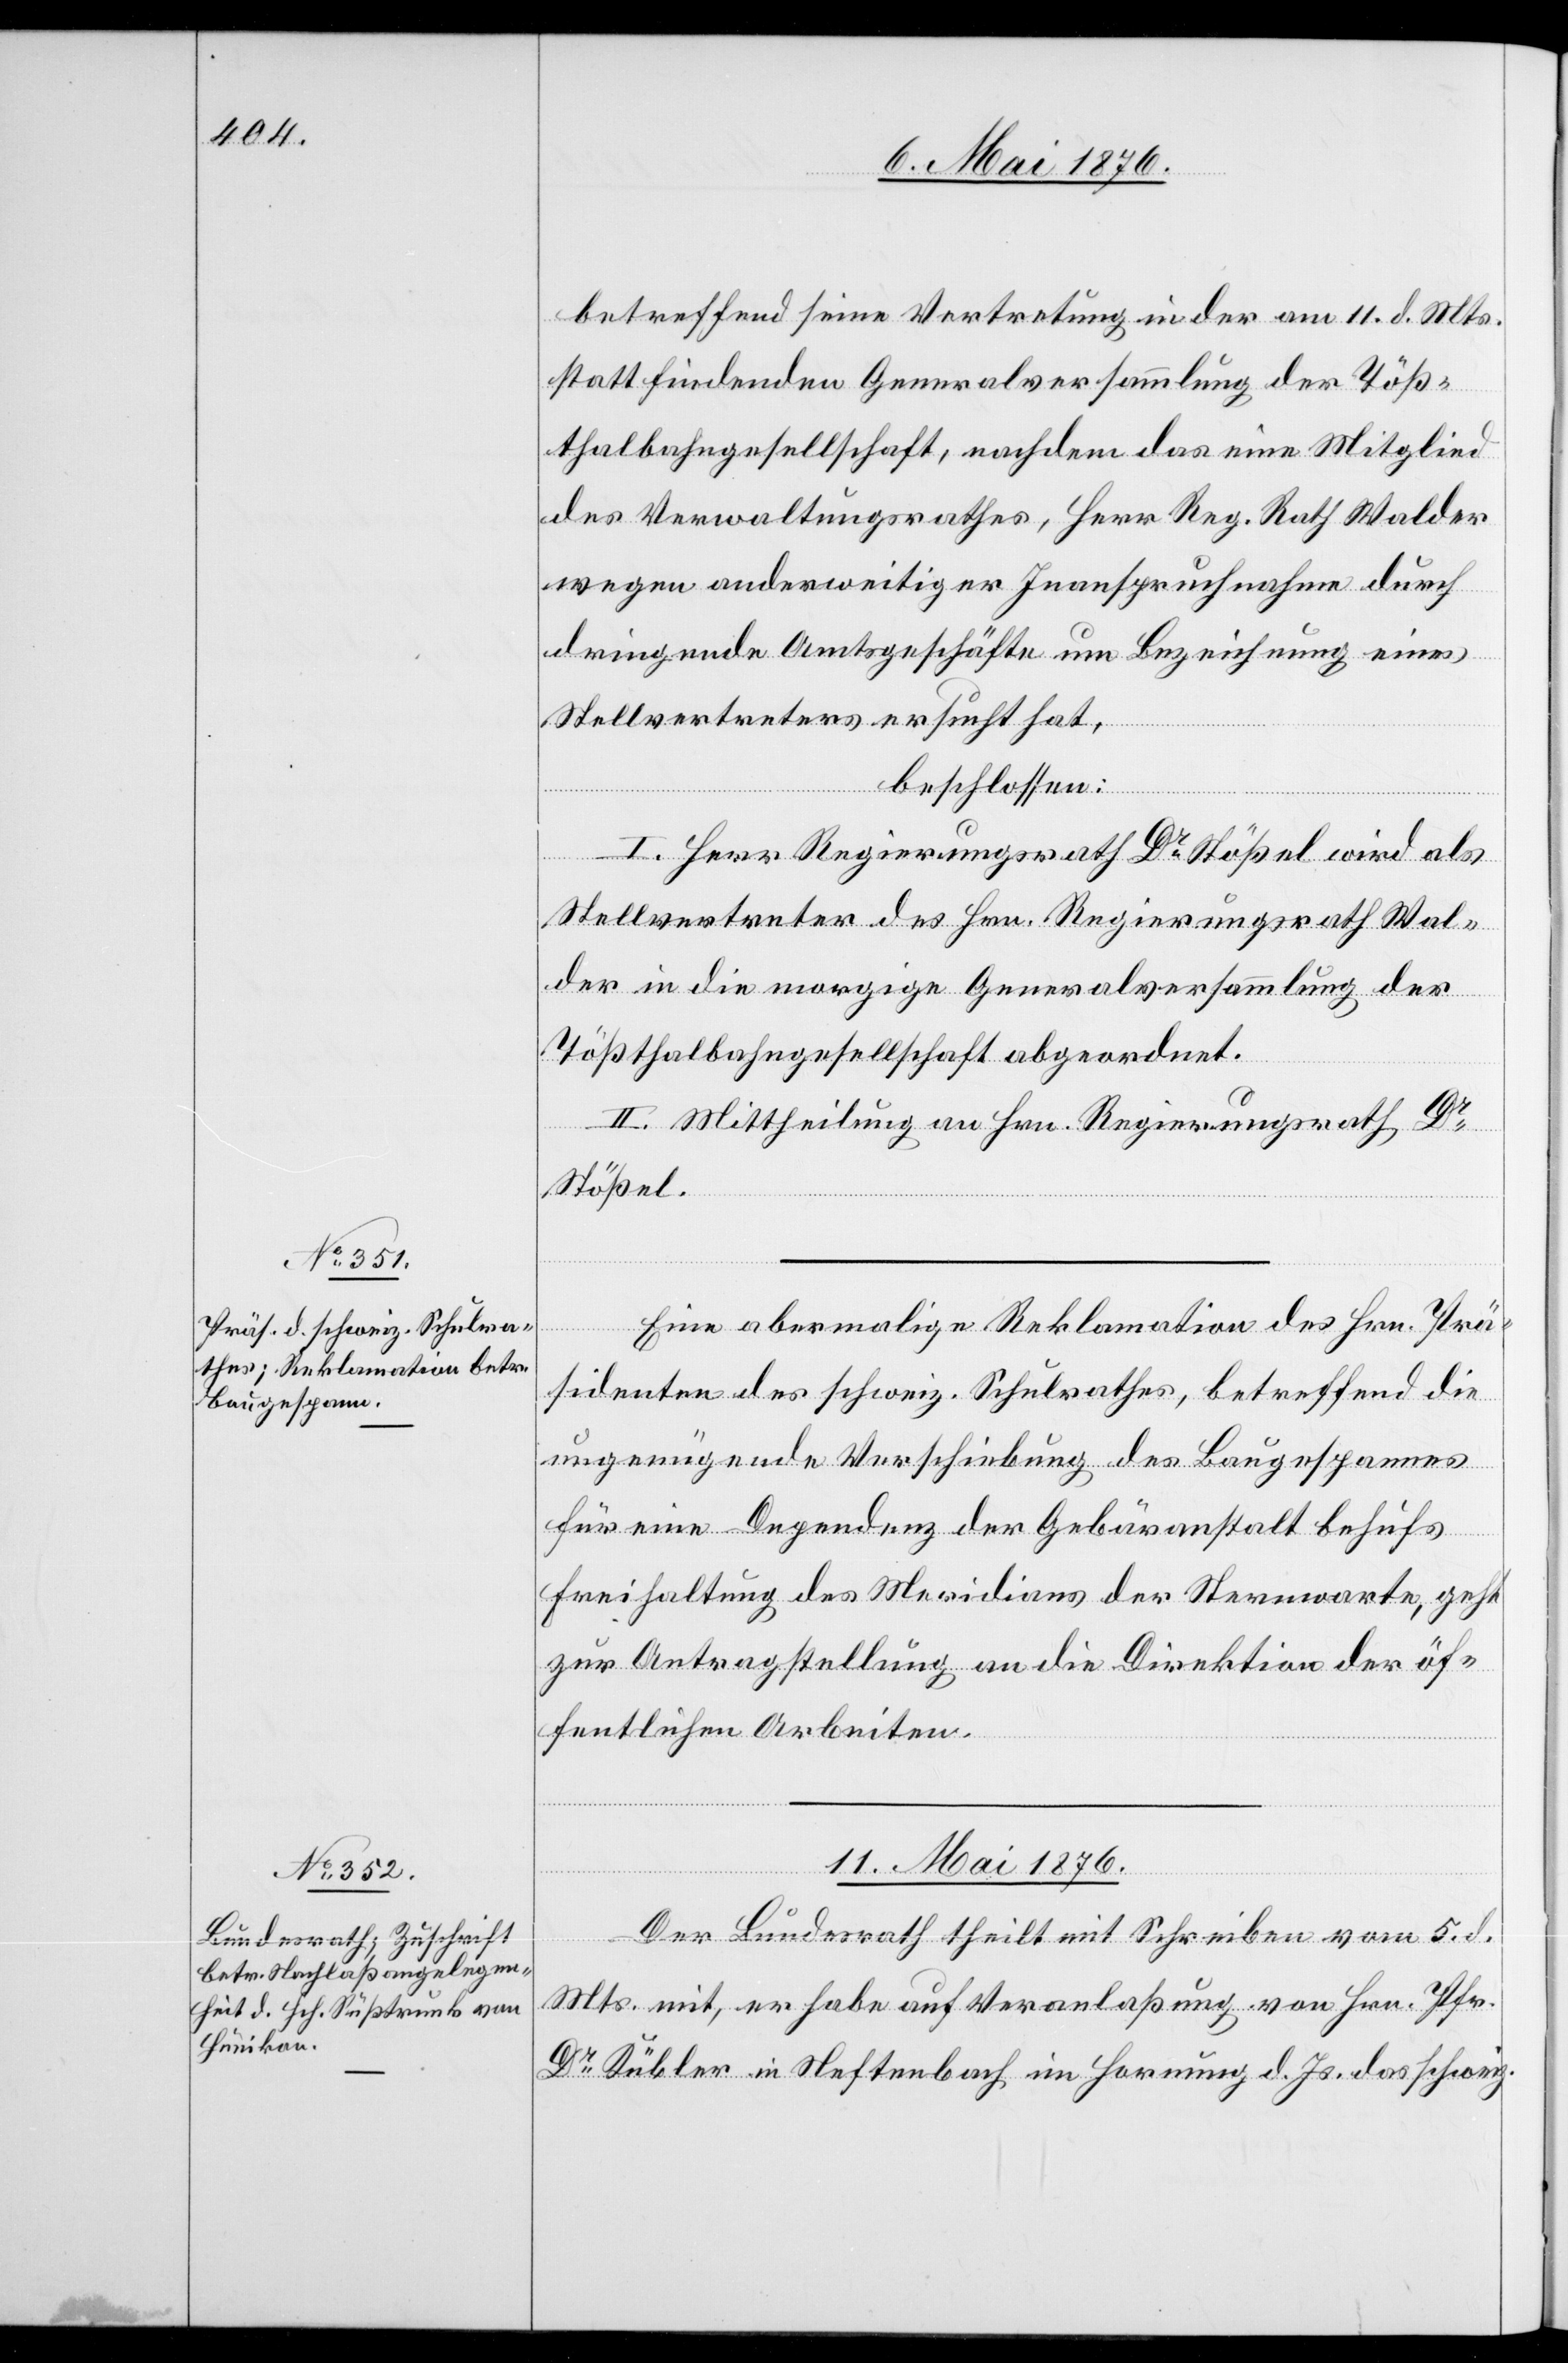
betreffend seine Vertretung in der am 11. d. Mts.
statt findenden Generalversammlung der Töß¬
thalbahngesellschaft, nachdem das eine Mitglied
des Verwaltungsrathes, Herr Reg. Rath Walder
wegen anderweitiger Inanspruchnahme durch
dringende Amtsgeschäfte um Bezeichnung eines
Stellvertreters ersucht hat,
beschlossen:
I. Herr Regierungsrath Dr Stößel wird als
Stellvertreter des Hrn. Regierungsrath Wal¬
der in die morgige Generalversammlung der
Tößthalbahngesellschaft abgeordnet.
II. Mittheilung an Hrn. Regierungsrath Dr
Stößel.
Eine abermalige Reklamation des Hrn. Prä¬
sidenten des schweiz. Schulrathes, betreffend die
ungenügende Verschiebung des Baugespannes
für eine Dependenz der Gebäranstalt behufs
Freihaltung des Meridians der Sternwarte, geht
zur Antragstellung an die Direktion der öf¬
fentlichen Arbeiten.
11. Mai 1876.
Der Bundesrath theilt mit Schreiben vom 5. d.
Mts. mit, er habe auf Veranlaßung von Hrn. Pfr.
Dr Kübler in Neftenbach im Hornung d. Js. das schweiz.